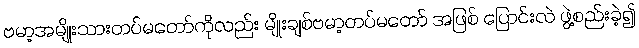
ဗမာ့အမျိုးသားတပ်မတော်ကိုလည်း မျိုးချစ်ဗမာ့တပ်မတော် အဖြစ် ပြောင်းလဲ ဖွဲ့စည်းခဲ့၍